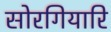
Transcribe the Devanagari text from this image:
सोरगियारि